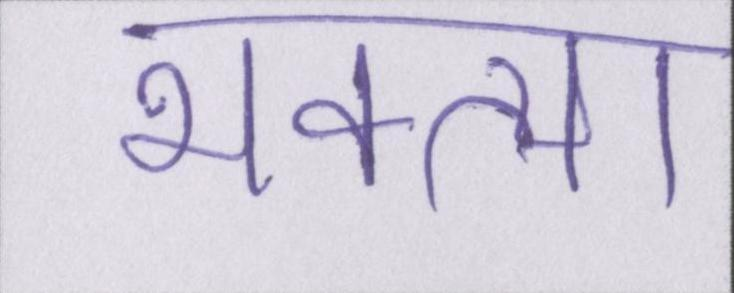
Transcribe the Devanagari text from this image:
भक्त्या